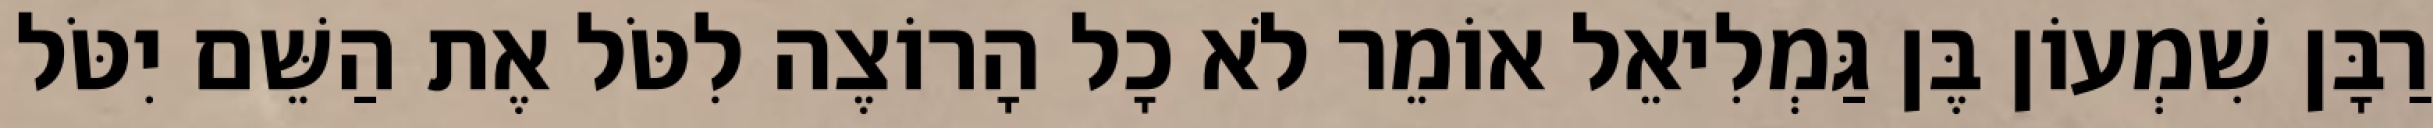
רַבָּן שִׁמְעוֹן בֶּן גַּמְלִיאֵל אוֹמֵר לֹא כָל הָרוֹצֶה לִטֹּל אֶת הַשֵּׁם יִטֹּל